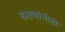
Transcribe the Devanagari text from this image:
वंशजांनीही